Vaccination in the Punjab 1905-1918 - 1905-1918
Year: 1905
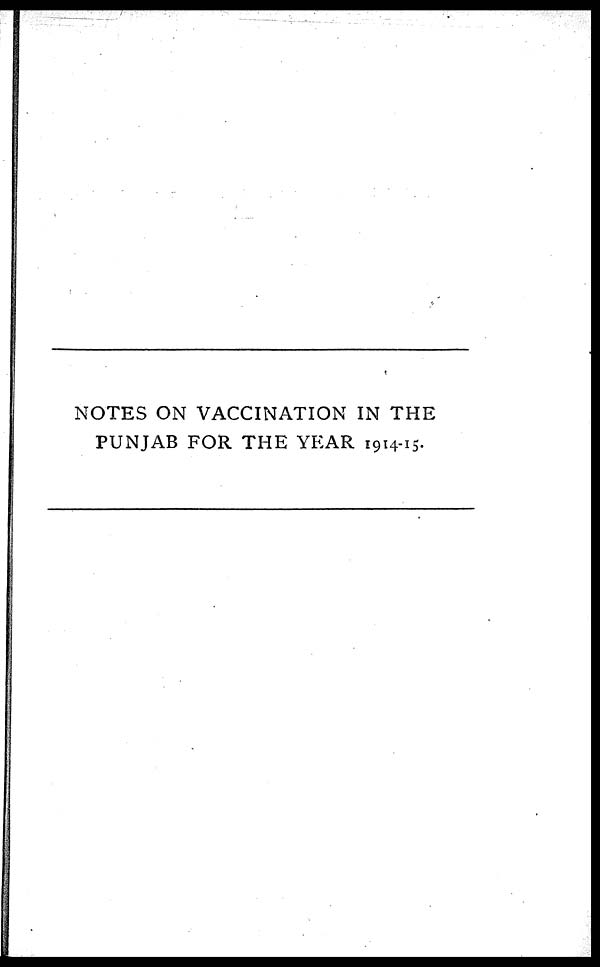
NOTES ON VACCINATION IN THE
PUNJAB FOR THE YEAR 1914-15.